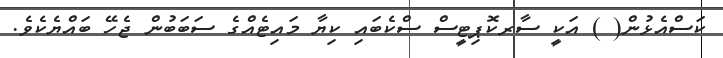
ކަސްއެޅުން( ) އަކީ ސާރކޮޕިޓީސް ސްކެބައި ކިޔާ މައިޓެއްގެ ސަބަބުން ޖެހޭ ބައްޔެކެވެ.